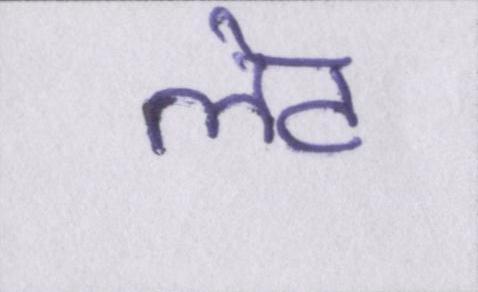
लेट